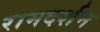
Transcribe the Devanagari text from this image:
रामदर्शन